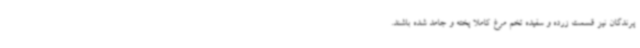
پرندگان نیز قسمت زرده و سفیده تخم مرغ کاملا پخته و جامد شده باشند.